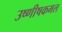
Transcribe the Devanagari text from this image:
उष्णीषकमल